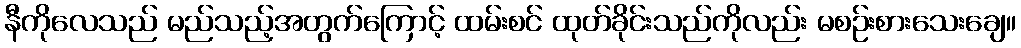
နီကိုလေသည် မည်သည့်အတွက်ကြောင့် ထမ်းစင် ထုတ်ခိုင်းသည်ကိုလည်း မစဉ်းစားသေးချေ။